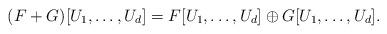
LaTeX: \begin{align*}(F+G)[U_1,\dots,U_d] = F[U_1,\dots,U_d] \oplus G[U_1,\dots,U_d].\end{align*}